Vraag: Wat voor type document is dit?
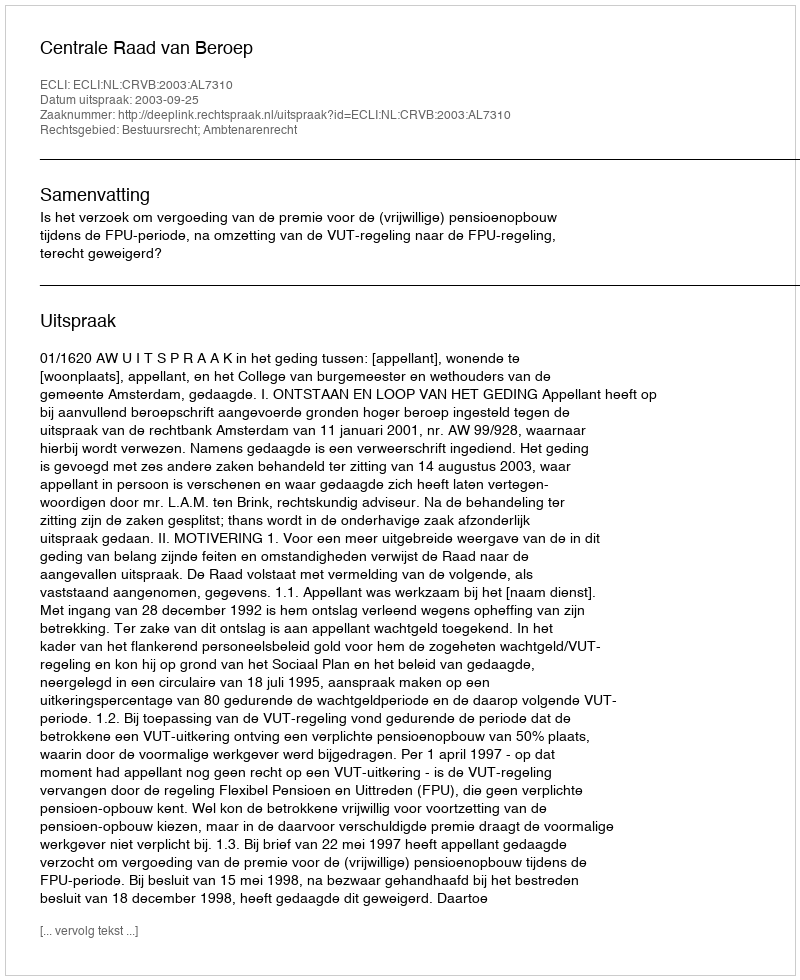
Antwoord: Uitspraak